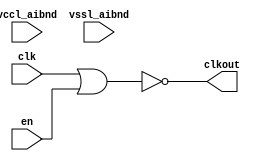
// SPDX-License-Identifier: Apache-2.0
// Copyright (C) 2019 Intel Corporation. 
// Verilog HDL and netlist files of
// "aibnd_lib aibnd_nor2 schematic"

// Netlisted models

// Library - aibnd_lib, Cell - aibnd_nor2, View - schematic
// LAST TIME SAVED: May  4 15:13:02 2015
// NETLIST TIME: May 11 08:42:44 2015
//`timescale 1ns / 1ns 

module aibnd_nor2 ( clkout, clk, en, vccl_aibnd, vssl_aibnd );

output  clkout;

input  clk, en, vccl_aibnd, vssl_aibnd;

// List of primary aliased buses

/*
specify 
    specparam CDS_LIBNAME  = "aibnd_lib";
    specparam CDS_CELLNAME = "aibnd_nor2";
    specparam CDS_VIEWNAME = "schematic";
endspecify
*/

assign clkout = ~( clk | en ) ;

endmodule


// End HDL models